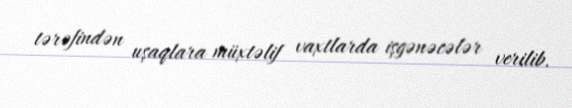
tərəfindən uşaqlara müxtəlif vaxtlarda işgənəcələr verilib.